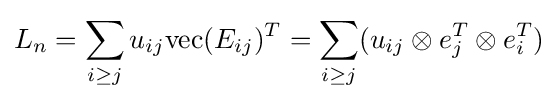
L_{n}=\sum _{i\geq j}u_{ij}\mathrm {vec} (E_{ij})^{T}=\sum _{i\geq j}(u_{ij}\otimes e_{j}^{T}\otimes e_{i}^{T})